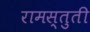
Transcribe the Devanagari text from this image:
रामस्तुती